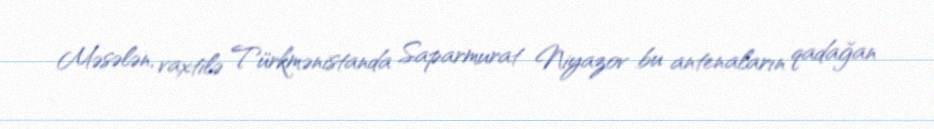
Məsələn, vaxtilə Türkmənistanda Saparmurat Niyazov bu antenaların qadağan